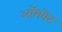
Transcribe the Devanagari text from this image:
ऑमवेट